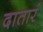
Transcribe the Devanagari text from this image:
दातारं